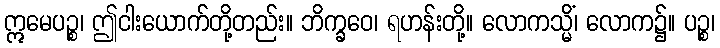
ဣမေပဉ္စ၊ ဤငါးယောက်တို့တည်း။ ဘိက္ခဝေ၊ ရဟန်းတို့။ လောကသ္မိံ၊ လောက၌။ ပဉ္စ၊